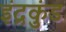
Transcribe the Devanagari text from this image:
इंद्रकुंड